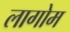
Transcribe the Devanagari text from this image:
लागोम